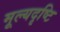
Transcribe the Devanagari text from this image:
मूल्यदृष्टि